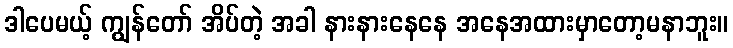
ဒါပေမယ့် ကျွန်တော် အိပ်တဲ့ အခါ နားနားနေနေ အနေအထားမှာတော့မနာဘူး။